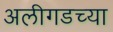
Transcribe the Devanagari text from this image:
अलीगडच्या